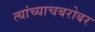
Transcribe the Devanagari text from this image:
त्यांच्याचबरोबर